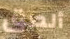
ألصق